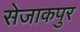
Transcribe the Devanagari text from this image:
सेजाकपुर